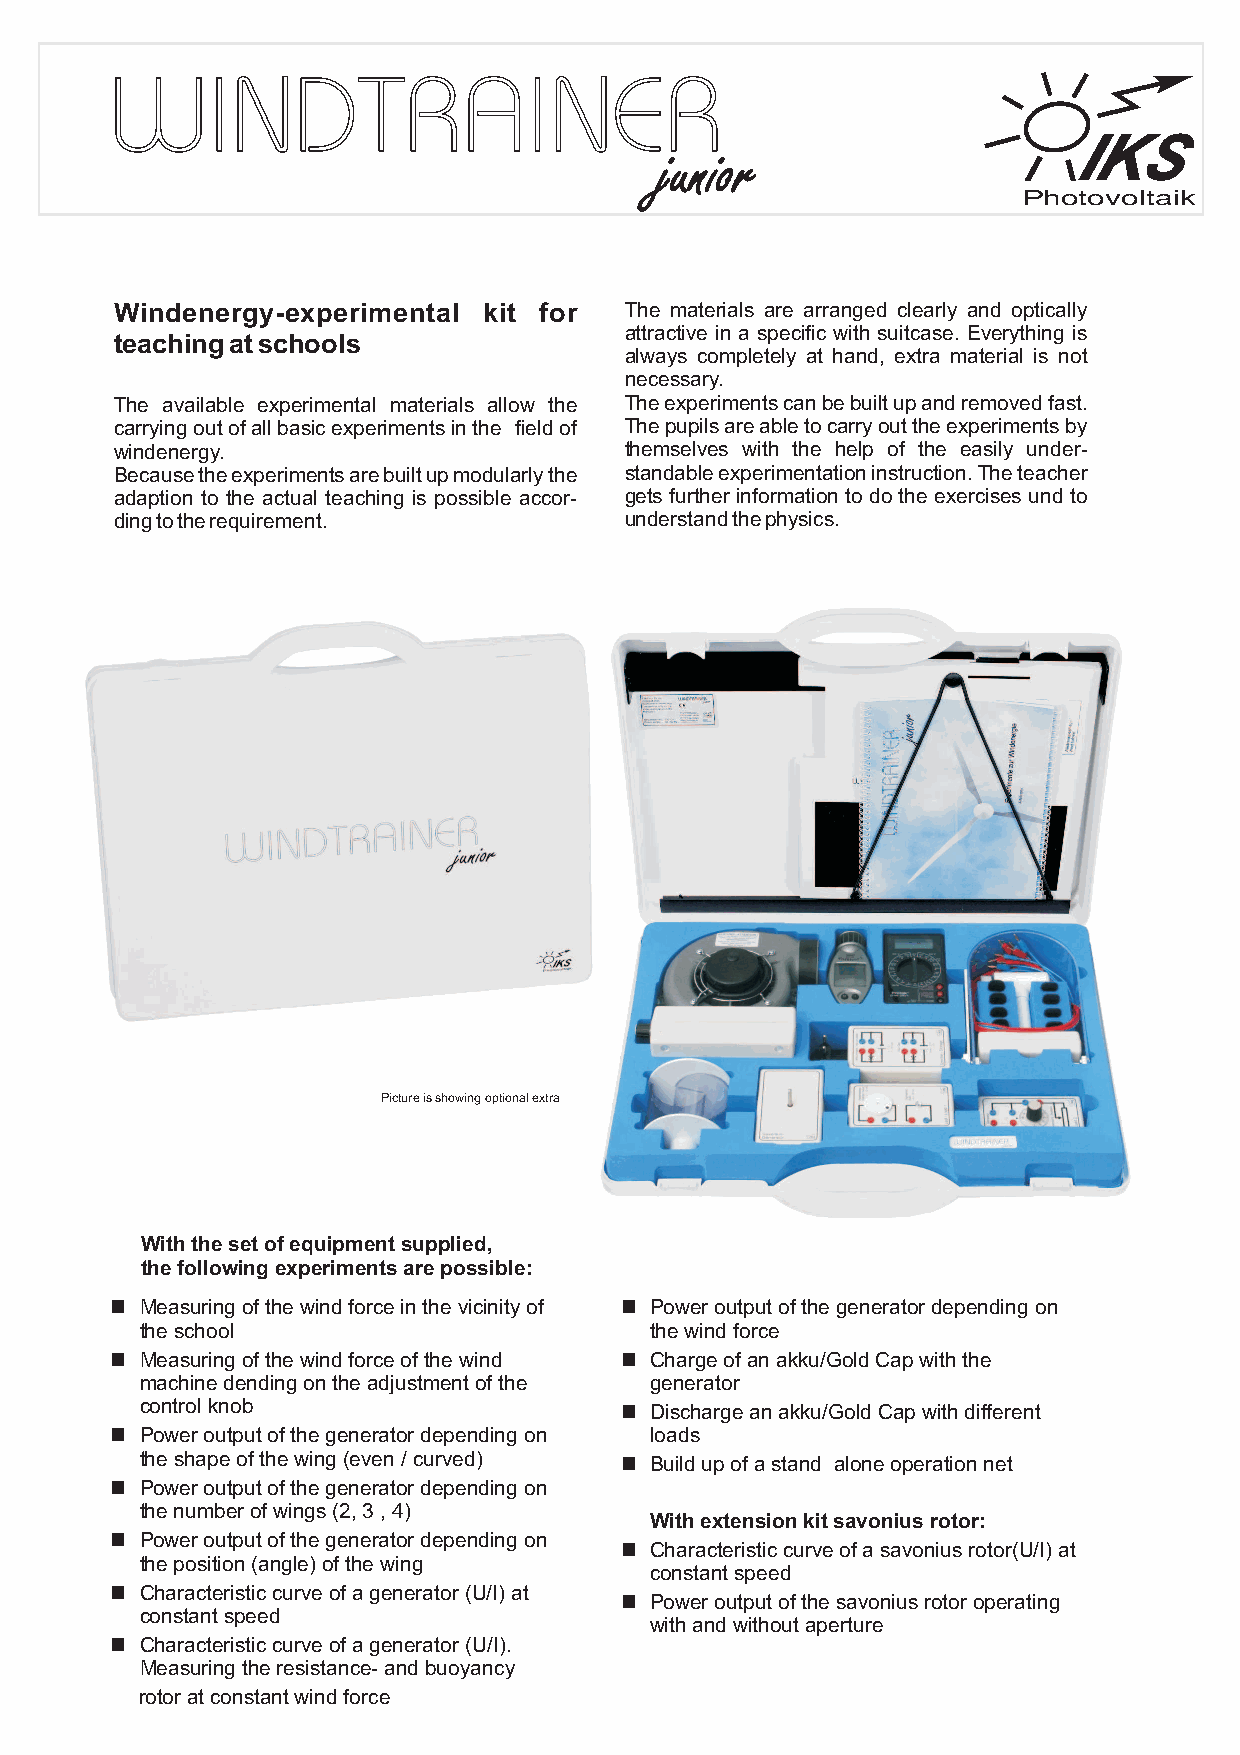
IKS
 junior
 Photovoltaik
 Windenergy-experimental kit for  The materials are arranged clearly and optically
 attractive in a specific with suitcase. Everything is
 teachingatschools
 always completely at hand, extra material is not
 necessary.
 The available experimental materials allow the Theexperimentscanbebuiltupandremovedfast.
 carryingoutofallbasicexperimentsinthe fieldof Thepupilsareabletocarryouttheexperimentsby
 windenergy.                      themselves with the help of the easily under-
 Becausetheexperimentsarebuiltupmodularlythe standableexperimentationinstruction.Theteacher
 adaption to the actual teaching is possible accor- gets further information to do the exercises und to
 dingtotherequirement.            understandthephysics.
 Picture is showing optional extra
 With the set of equipment supplied,
 the following experiments are possible:
 n Measuring of the wind force in the vicinity of n Power output of the generator depending on
 the school                        the wind force
 n Measuring of the wind force of the wind n Charge of an akku/Gold Cap with the
 machine dending on the adjustment of the generator
 control knob                    n Discharge an akku/Gold Cap with different
 n Power output of the generator depending on loads
 the shape of the wing (even / curved) n Build up of a stand alone operation net
 n Power output of the generator depending on
 the number of wings (2, 3 , 4)
 With extension kit savonius rotor:
 n Power output of the generator depending on n Characteristic curve of a savonius rotor(U/I) at
 the position (angle) of the wing
 constant speed
 n Characteristic curve of a generator (U/I) at n Power output of the savonius rotor operating
 constant speed
 with and without aperture
 n Characteristic curve of a generator (U/I).
 Measuring the resistance- and buoyancy
 rotor at constant wind force